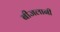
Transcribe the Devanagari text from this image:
बीजलानी